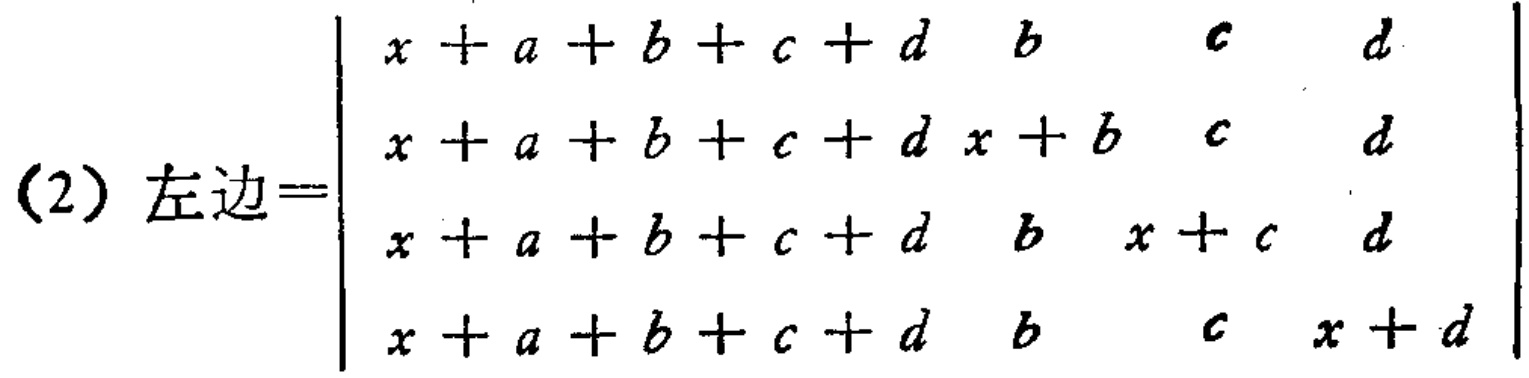
(2) 左边=$\begin{vmatrix}
x + a + b + c + d & b & c & d \\
x + a + b + c + d & x + b & c & d \\
x + a + b + c + d & b & x + c & d \\
x + a + b + c + d & b & c & x + d
\end{vmatrix}$